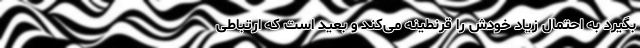
بگیرد به احتمال زیاد خودش را قرنطینه می‌کند و بعید است که ارتباطی